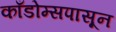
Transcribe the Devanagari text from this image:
काँडोम्सपासून